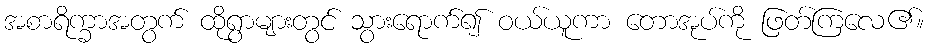
အစာရိက္ခာအတွက် ထိုရွာများတွင် သွားရောက်၍ ဝယ်ယူကာ တောအုပ်ကို ဖြတ်ကြလေ၏။